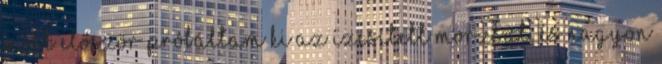
Most először próbáltam ki az ízesített morzsát, és nagyon